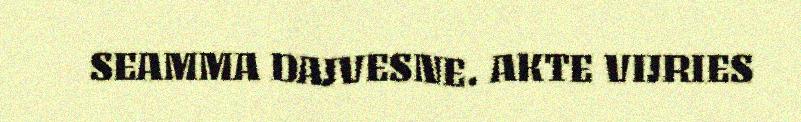
SEAMMA DAJVESNE. AKTE VIJRIES